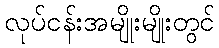
လုပ်ငန်းအမျိုးမျိုးတွင်